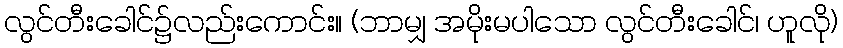
လွင်တီးခေါင်၌လည်းကောင်း။ (ဘာမျှ အမိုးမပါသော လွင်တီးခေါင်၊ ဟူလို)